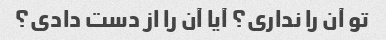
تو آن را نداری؟ آیا آن را از دست دادی؟